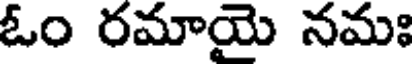
ఓం రమాయె నమః